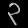
Digit: ၃